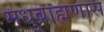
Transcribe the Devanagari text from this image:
मधुब्राह्मणास